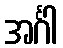
အင်္ဂါ